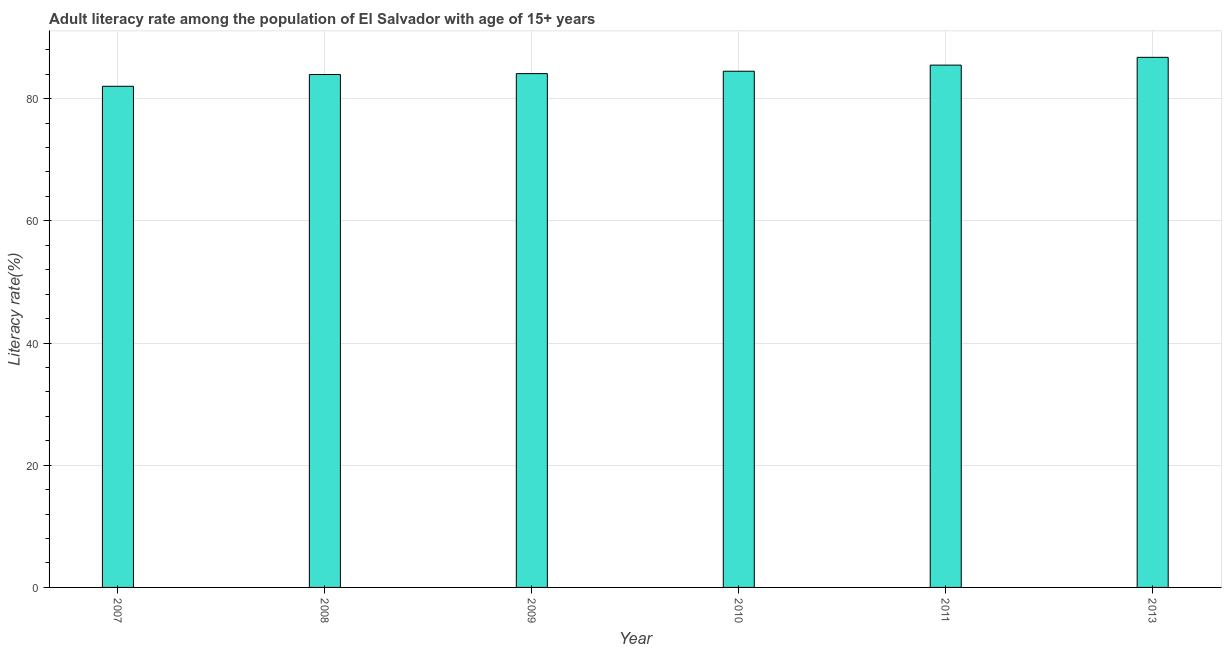
| Year | Adult literacy rate |
 | --- | --- |
 | 2007 | 82 |
 | 2008 | 84 |
 | 2009 | 84.1 |
 | 2010 | 84.5 |
 | 2011 | 85.5 |
 | 2013 | 86.8 |